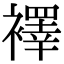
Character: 襗